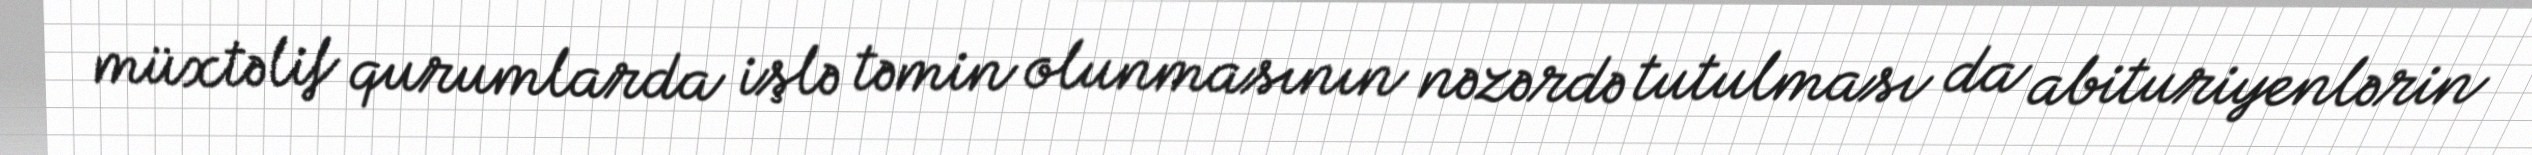
müxtəlif qurumlarda işlə təmin olunmasının nəzərdə tutulması da abituriyenlərin